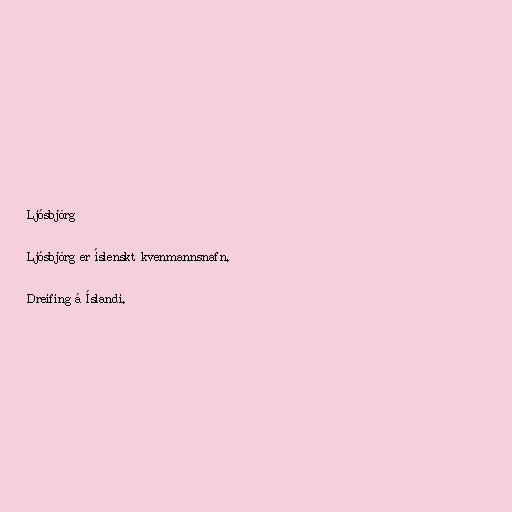
Ljósbjörg

Ljósbjörg er íslenskt kvenmannsnafn.

Dreifing á Íslandi.